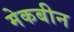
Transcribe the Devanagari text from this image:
मेकबीन